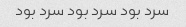
سرد بود سرد بود سرد بود